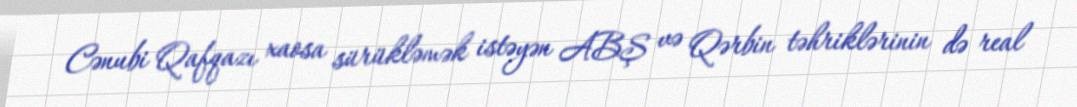
Cənubi Qafqazı xaosa sürükləmək istəyən ABŞ və Qərbin təhriklərinin də real